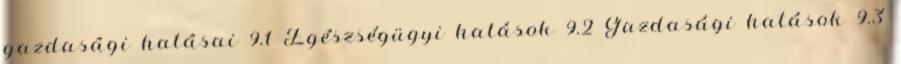
gazdasági hatásai 9.1 Egészségügyi hatások 9.2 Gazdasági hatások 9.3